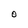
Character: O